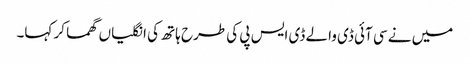
میں نے سی آئی ڈی والے ڈی ایس پی کی طرح ہاتھ کی انگلیاں گھما کر کہا۔